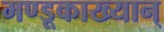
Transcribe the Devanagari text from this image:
मण्डूकाख्यान्